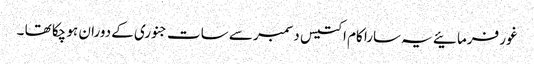
غور فرمائیے یہ سارا کام اکتیس دسمبر سے سات جنوری کے دوران ہو چکا تھا ۔